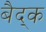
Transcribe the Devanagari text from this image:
बैद्क